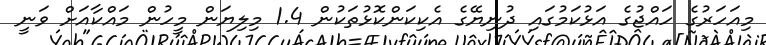
މިއަހަރުގެ ހައްޖުގެ އަޅުކަމުގައި ދުނިޔޭގެ އެކިކަންކޮޅުތަކުން 1.4 މިލިޔަން މީހުން މައްކާއަށް ވަނީ